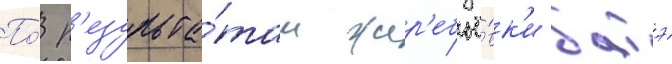
По́ р'езульта́там жер'ебьё́вк'и батэ